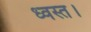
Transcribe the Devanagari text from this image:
ध्वस्त।